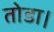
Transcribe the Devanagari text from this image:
तोडा।